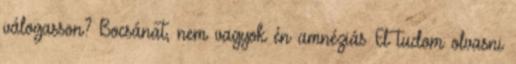
válogasson? Bocsánat, nem vagyok én amnéziás El tudom olvasni